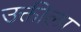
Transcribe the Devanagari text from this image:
उक्तीला